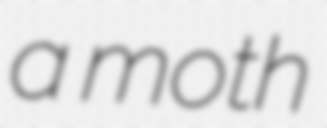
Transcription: a moth